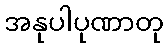
အနုပါပုဏာတု